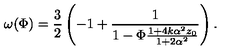
\omega ( \Phi ) = \frac { 3 } { 2 } \left( - 1 + \frac { 1 } { 1 - \Phi \frac { 1 + 4 k \alpha ^ { 2 } z _ { 0 } } { 1 + 2 \alpha ^ { 2 } } } \right) .